Tezpur Lunatic Asylum reports 1877-1894 - 1877-1894
Year: 1877
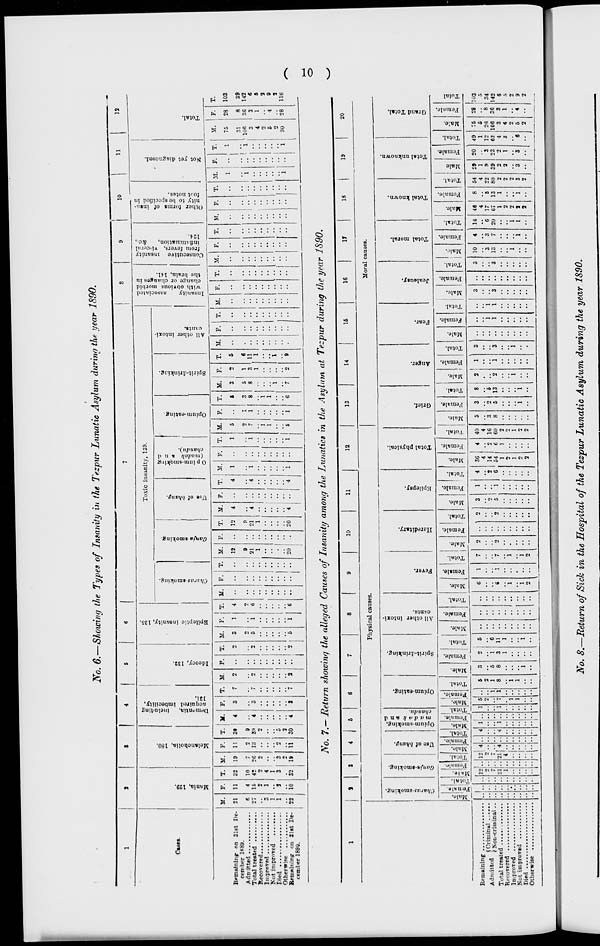
OoZi'^H >■ W
|
ft'
$
•8
.
Sr-
I
I
^
00
a.
&
S
ES'O B 14 o.
D"5 S
•»
s 3 i
B E
N
I 3 S 8 S
• • • Q.~~ •
P-: • wo-
: : . si
: : : : <■> |:
i : i i r^i
• : : : :
'
::::•:::::
: : _ 12 -. io T-,
•
■
■
.
.
• • • •
-K- -TT-?
lb. '■ '• >u
*.: : It.
; ; ; ; ; _: : M
; ;. ; ; ; ;
; ; : ; ; _: ! M
>- -.' -i; io «g
^_:
Main.
Female.
Total.
MhTeT~
Female.
(Vianw-smoking.
GanJH-amotong.
Total.
Main.
Female
Total.
Male.
Female.
Total. "
Male.
Female.
1-1 1-1 .
-IM,,.J,
Total.
Total.
Male.
Use of bhang.
Opium-smoking,
m a d a k and
ehandu.
Opium-eating.
Spirit-drinking.
_
Female.
Total.
tOw . .-. .
Male.
Female.
Total.
Male.
Female.
Total.
All other intoxi-
cants.
Fevor.
Hereditary.
ka to >-» to » $h |fc ||h Ci
: : : : - «»: *.
to k9 M to to
01 !-•
&
: : : : : »«: Cn
: M : : : c.o: to
: M : : : So.: 00
: : -. »• w
: : : : : M : : -
• ^« •
CO
-«: :
.... •
Hale.
Fcnialo.
Total.
Male.
Female.
Epilepsy.
Total.
Male.
Female.
Total.
Male.
Female.
Total.
Male.
to . M M U V M V
to - -litju-
Female.
Total.
Total physical.
Grief.
Anger.
Fear.
Male.
Female.
Total.
Male.
Female.
Total.
Jealousy.
Total moral.
Male.
Female.
Total.
Male
Female.
O^ • U 4. I« I j M to
i- 1 CO O 00 * 00
Total.
Ma'.e.
Total known.
o
Total unknown.
Female.
Total
Grand Total.
o
S
«.
Co
2
a
<<a
Co
CO
KOH!7i«»H> a
<5 J?rc :»i o-o
p-:
~3 B.
i Hi fia
.
. «r a
a:
to . >-. ^. o» • >ia
^-
K
n «k
J^
^
io
to —• * SS 1» 3
►«
►so-)
<o
1j
H
K
to ■
to
fa
•-3
f
Mania, 129.
Melancholia, 180.
Dementia,
including
acquired imbecility,
131.
Ideocy, 132.
Epileptic insanity, 135.
Cfaroi-amoktng.
K
^
(.'(«fy'(i-8tno>:ing.
Jd
^
— —. . -^ (^ c -,
oo en
ta
Use of bhang.
Opium-smoking
(madak and
cAanifu).
Opium-eating.
Spirit-drinking.
•*j
All other intoxi-
cants.
•3
Insanity
associated
with obrious morbid
change or changes in
the brain, 141.
Consecutive insanity
from fevers, visceral
inflammation,
4e.,
124.
Other forms of insa-
nity to be specified ill
to 'i notes.
::::::.. ; J 3
Not yet diagnosod.
- H
o
e to
c to e* to iK to oa ■-
s i>
00 • rf. • i- 1 CO Ci CO
to
CO
ji
Total.
M
M
t-3
I
^
Co
a
«C5
(V 1
S
a
'I
a
0tkO4Ok0Ol9ltOtO
CO
Oo
( 01 )